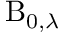
\operatorname { B } _ { 0 , \lambda }